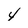
Character: 4